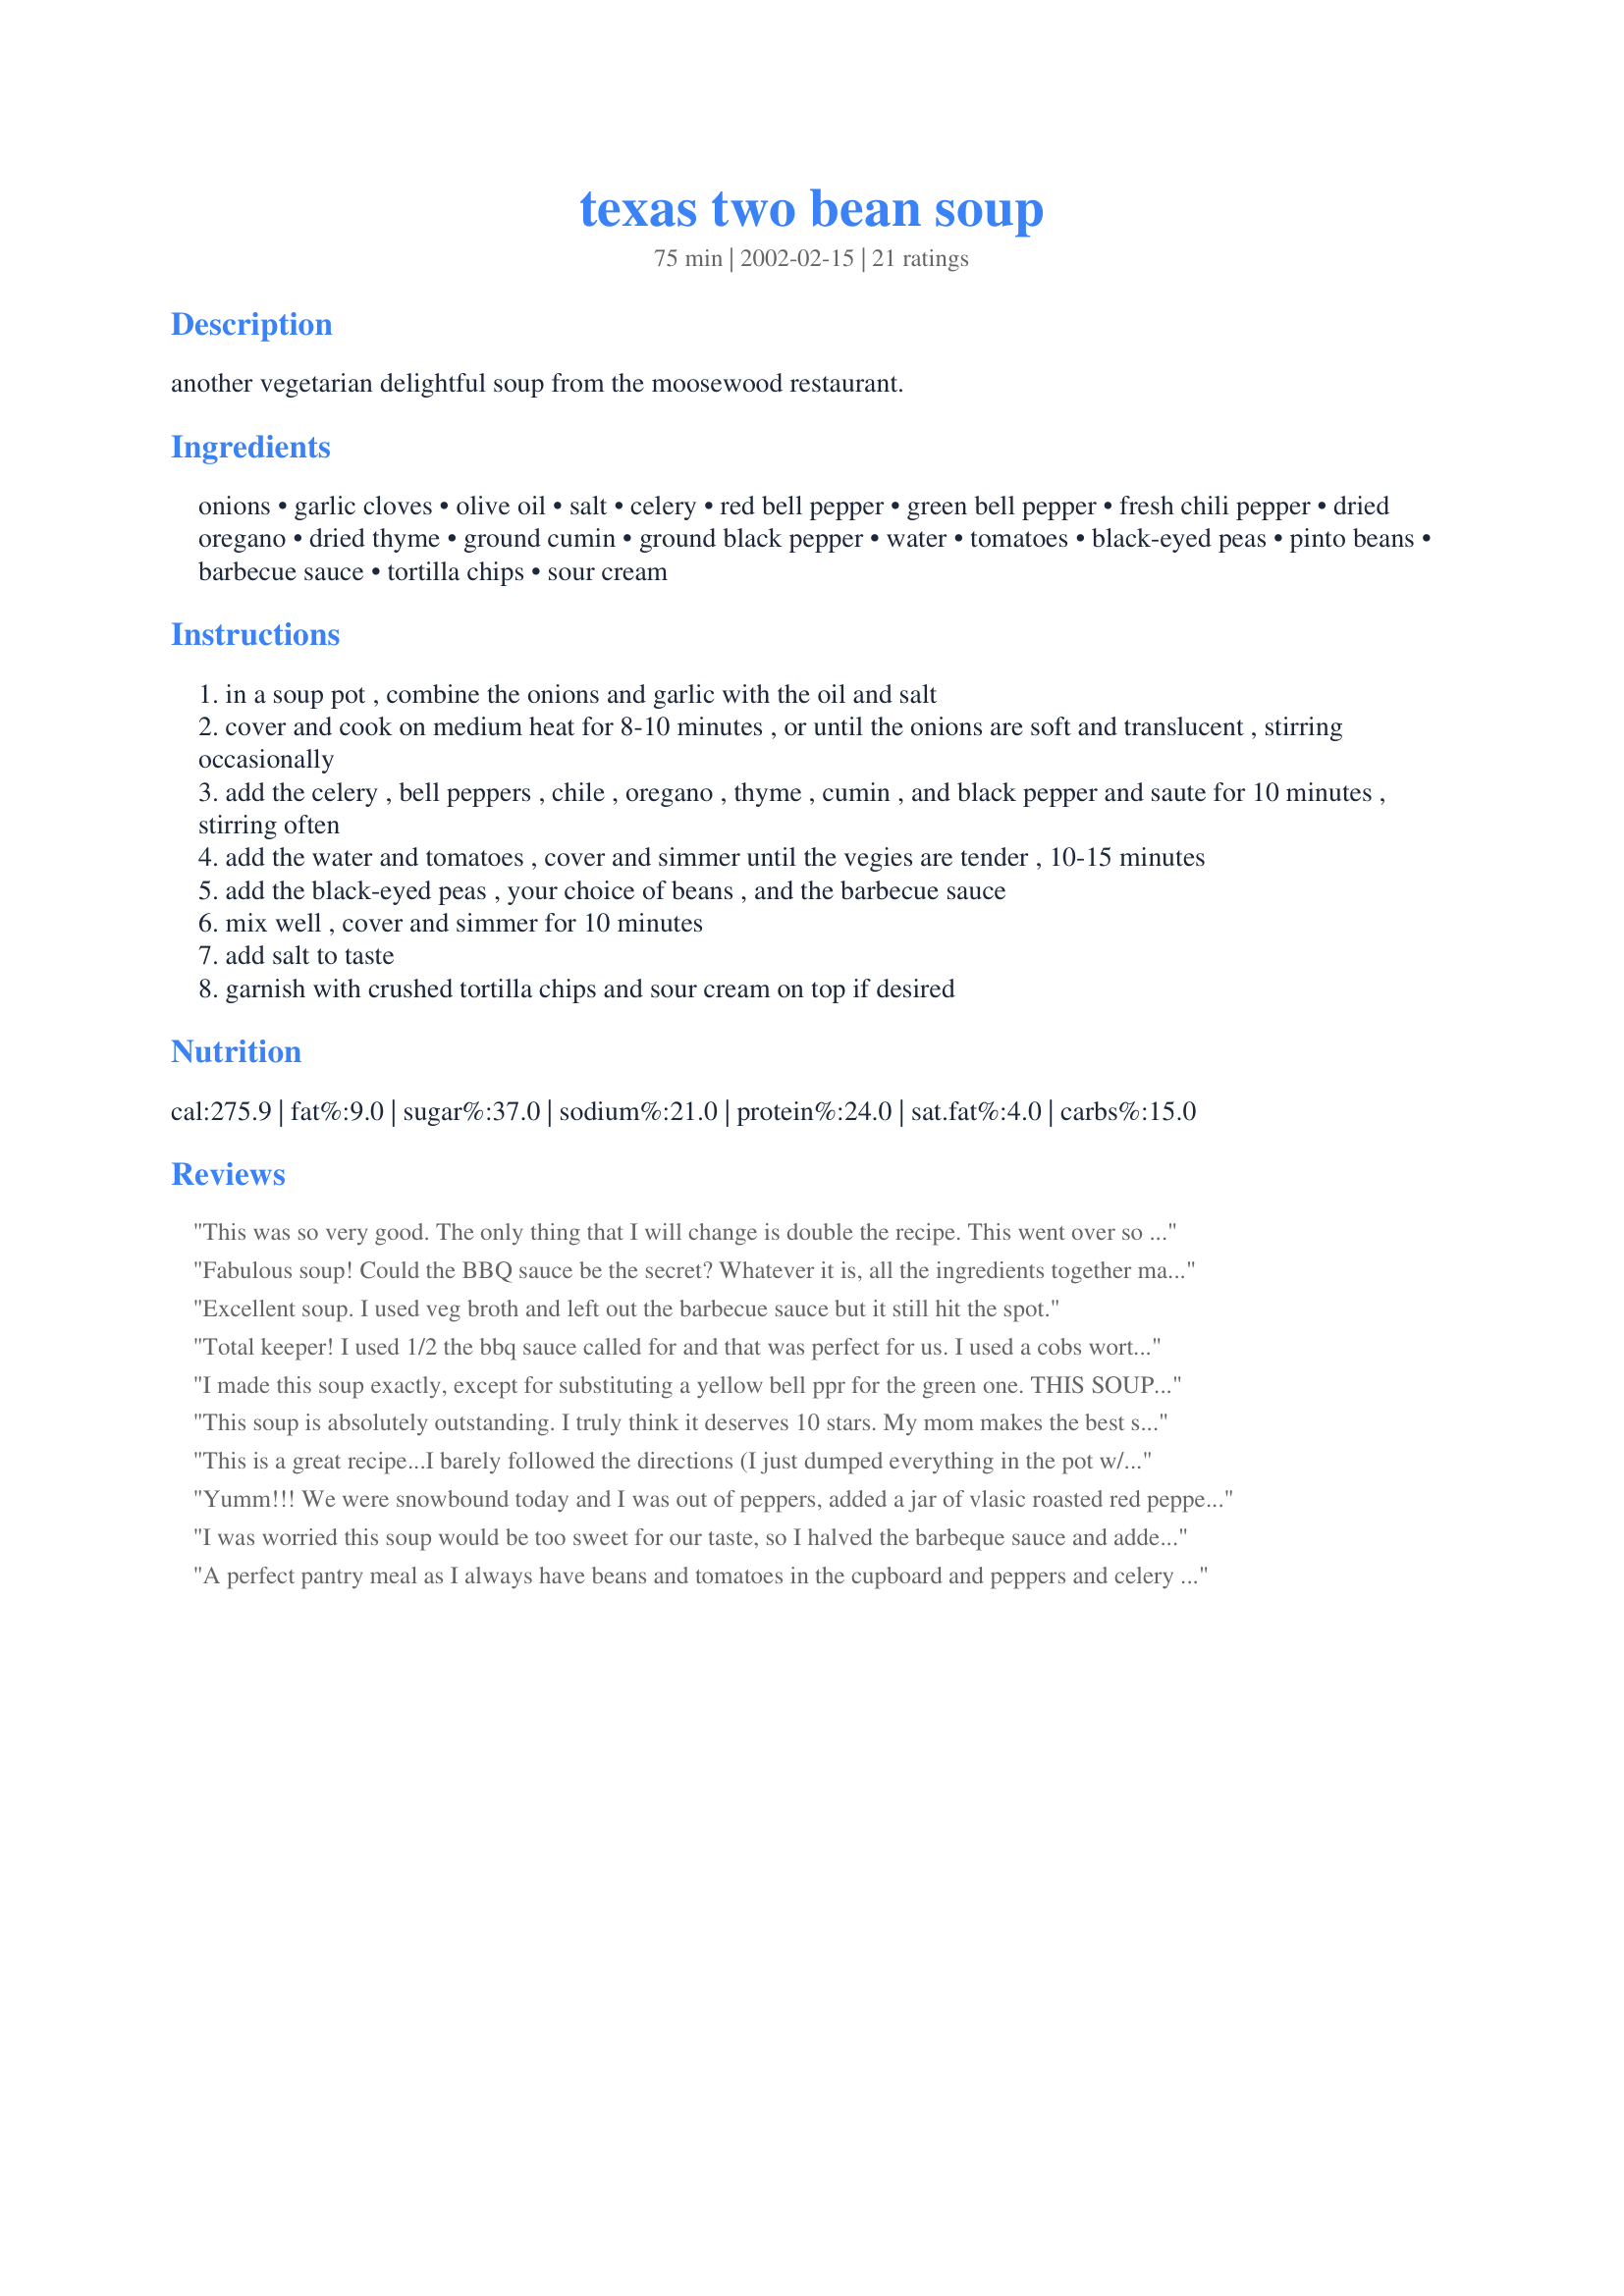
texas two bean soup
Preparation time: 75 minutes

another vegetarian delightful soup from the moosewood restaurant.

Ingredients:
onions, garlic cloves, olive oil, salt, celery, red bell pepper, green bell pepper, fresh chili pepper, dried oregano, dried thyme, ground cumin, ground black pepper, water, tomatoes, black-eyed peas, pinto beans, barbecue sauce, tortilla chips, sour cream

Steps:
in a soup pot , combine the onions and garlic with the oil and salt
cover and cook on medium heat for 8-10 minutes , or until the onions are soft and translucent , stirring occasionally
add the celery , bell peppers , chile , oregano , thyme , cumin , and black pepper and saute for 10 minutes , stirring often
add the water and tomatoes , cover and simmer until the vegies are tender , 10-15 minutes
add the black-eyed peas , your choice of beans , and the barbecue sauce
mix well , cover and simmer for 10 minutes
add salt to taste
garnish with crushed tortilla chips and sour cream on top if desired

Reviews:
This was so very good. The only thing that I will change is double the recipe. This went over so well we are ready to have it tonight. Wonderful and fun to make. Thank You
Fabulous soup! Could the BBQ sauce be the secret? Whatever it is, all the ingredients together make for a very flavourful combination.
Soup is a 'must-have' around here as soon as fall is in the air.....thanks Tish for adding another one to my already bulging soup cookbook....it will be made often.
M.
Excellent soup. I used veg broth and left out the barbecue sauce but it still hit the spot.
Total keeper! I used 1/2 the bbq sauce called for and that was perfect for us. I used a cobs worth of corn, red and kidney beans and may add a little more broth next time to make it a tad soupier. Thanks so much for sharing this yummy, easy recipe!
I made this soup exactly, except for substituting a yellow bell ppr for the green one. THIS SOUP WAS EXCELLENT. It was beautiful to look at and magnificent to eat. I agree with doubling the recipe - as is, it really only would serve 4 as a main dish - even with bread on the side. It is so good a second bowl-full is a MUST. We aren't vegans or vegetarians - and my husband is finicky about food. He agreed that this soup is exceptional in the blend of flavors. Thanks Tish!
This soup is absolutely outstanding. I truly think it deserves 10 stars. My mom makes the best soup and she tried this and loved it (she usually says it would taste better if you added....). Ha!! she was speechless (that was a first lol!)
This is a great recipe...I barely followed the directions (I just dumped everything in the pot w/out sauteing) and it still turned out really well. Will keep this one.
Yumm!!! We were snowbound today and I was out of peppers, added a jar of vlasic roasted red pepper stackers instead. Delicious! Even my fussy teenager loved it.
I was worried this soup would be too sweet for our taste, so I halved the barbeque sauce and added 1 TBL. red wine vinegar. The canned black beans I had were prepared with jalapenos, so I deleted the chili pepper. I also substituted yellow for the red pepper. I debated using the kidney bean can juice but decided to try it. The result was VERY GOOD, with just enough heat (although we had yogurt nearby to cut it if needed). As my husband and I were enjoying it, we both looked up and said simultaneously, "RICE". The next time I served it over boiled rice and we REALLY enjoyed it. This also made it much more digestible (as we are not big bean eaters). Plus, it's a beautiful soup, especially with the yellow pepper adding to the color scheme. Thank you, Tish. It's a keeper.
A perfect pantry meal as I always have beans and tomatoes in the cupboard and peppers and celery in the fridge. I added some extra liquid as I loved slurping up the flavorful broth. Had to add a little orange pepper to the red to get the right quantity. Also skipped the tortilla chips to make it fit the WW Core program. Just delicious.
This was pretty good - I really only made it because I had a bunch of barbecue sauce to use up, and this was something NOT grilled! I was skeptical but it really just gave the soup a smoky, richer flavor. It was more like a soup/chili hybrid. I enjoyed it, but don&#039;t think I&#039;d make it again. Just not our personal preference.
A friend of mine tweeted me this recipe & it is delish! I had some jalapeno to use up so used that but didn't measure anything. Used it all by taste. It's definitely going on my must make again list! <br/><br/>The flavors came together beautifully!
Very tasty and an easy vegetarian weeknight supper. I omitted the celery, used fire roasted dice tomatoes, and included 1/8 cup of BBQ sauce and added some vinegar. It probably doesn't serve 6, or maybe only as a side dish. Healthful and low fat. I'd make this again.
This was soooo good! I would give it 10 stars if I could! I've been trying to incorporate more vegetarian meals in our diet and I must say that with this soup I did not miss the meat. I used Sweet Baby Ray's BBQ sauce and kidney beans. Thanks for a new favorite!
Delicious and easy. I started with dried red beans and adjusted the seasoning to personal taste. Didn't have any tomatoes, so I used a can of roasted garlic spaghetti sauce. Great southwestern flavor and would easily be made into chili with the addition of browned ground meat. Thanks for the recipe, Tish. :-)
I've been a fan of Moosewood recipes for years, but this one had somehow escaped my notice. What a loss! I've made this recipe now about a dozen times in my crock pot. I've alternated the beans depending on my cupboard and will often incorporate four different varieties. I do add a couple of cups of vegetable stock and corn by popular request. Shortly before serving I customoarily stir in a good portion of pre-cooked elbows. The pasta adds a bit more substance and also serves to thicken the soup. We've garnished with greek yogurt, chopped green onion and even grated cheese. This soup's our idea of comfort food!
Wow! Was this ever good!! I forgot to serve it with the sour cream until we were almost done but then tried it and like it even more. It tamed the pepper a bit. Made a great meal with cornbread.
Great Soup! The instructions are written clearly and the ingredients are all things I usually have on hand. I added some yellow peppers and some frozen corn kernels. And I used Ancho Chili Pepper rather that a fresh chili pepper. I topped each bowl with a small dollop of sour cream and a few crushed torilla chips as suggested. I served it with cheesy corn muffins. And my whole family enjoyed it. I do not think it would serve 6 as 3 adults and 2 children (6 and 3) ate every drop! It was that good! Thanks for sharing this recipe Tish.
This is one of those recipes.that makes you wonder,what did I do wrong? I followed recipe exactly..No one liked this soup. Too sweet.I used famous daves rich and sassy BBQ sauce..I had to throw out the pot of soup, which I have never done before. We love soup but it was just something about it that I cant put my finger on..Personal taste...
Excellent soup - my husband didn't even whine about the lack of meat!! I followed the recipe exactly but I must confess that I "forgot" the BBQ sauce AND I added all 3 kinds of beans. Thanx Tish!
This is comfort food at its finest. I made this soup for my weekly "soup night" and was lucky to get the last quarter cup. I always make two pots of soup to accomodate a large number of people with different tastes. I try to have a vegetarian soup during Lent and last night I made this. It was a huge hit--even with the big meat eaters. I think this soup lends itself to alot of variations by changing the type of beans and/or broth and adding other veggies and pasta. I would keep the onions, celery, bell peppers, spices and barbeque sauce as is--its a winner! Thanks for a great soup Tish.
